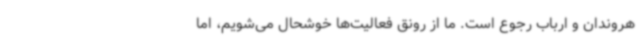
هروندان و ارباب رجوع است. ما از رونق فعالیت‌ها خوشحال می‌شویم، اما